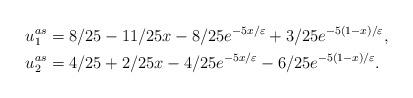
LaTeX: \begin{align*} u_1^{as} &=8/25-11/25x-8/25e^{-5x/\varepsilon}+3/25e^{-5(1-x)/\varepsilon}, \\ u_2^{as} &=4/25+2/25x-4/25e^{-5x/\varepsilon}-6/25e^{-5(1-x)/\varepsilon}. \end{align*}